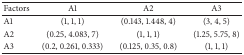
<table><thead><tr><td><b>Factors</b></td><td><b>A1</b></td><td><b>A2</b></td><td><b>A3</b></td></tr></thead><tbody><tr><td>A1</td><td>(1, 1, 1)</td><td>(0.143, 1.448, 4)</td><td>(3, 4, 5)</td></tr><tr><td>A2</td><td>(0.25, 4.083, 7)</td><td>(1, 1, 1)</td><td>(1.25, 5.75, 8)</td></tr><tr><td>A3</td><td>(0.2, 0.261, 0.333)</td><td>(0.125, 0.35, 0.8)</td><td>(1, 1, 1)</td></tr></tbody></table>